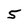
Character: 5